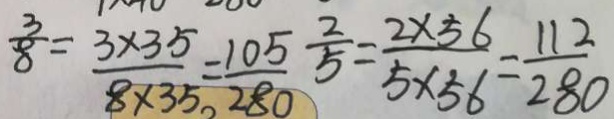
\frac { 3 } { 8 } = \frac { 3 \times 3 5 } { 8 \times 3 5 } = \frac { 1 0 5 } { 2 8 0 } \frac { 2 } { 5 } = \frac { 2 \times 5 6 } { 5 \times 5 6 } = \frac { 1 1 2 } { 2 8 0 }